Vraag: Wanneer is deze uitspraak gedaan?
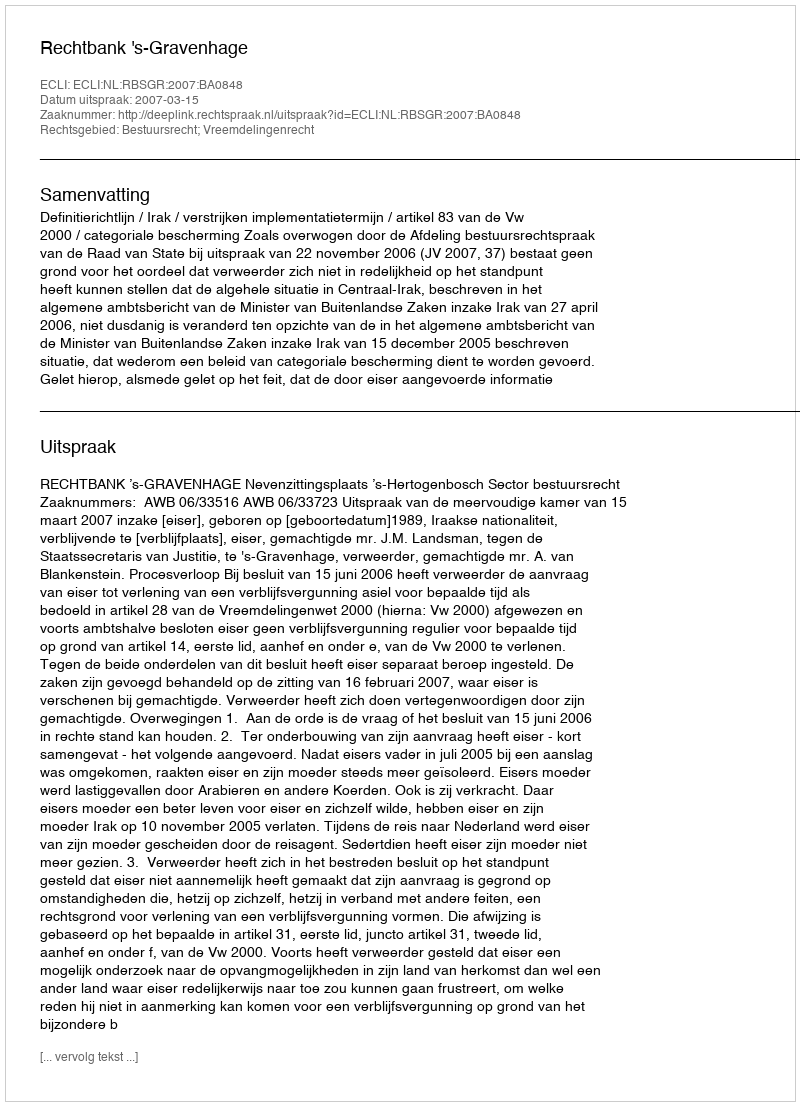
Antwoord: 2007-03-15